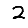
Digit: 2